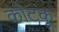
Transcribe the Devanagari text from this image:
कोटकू